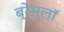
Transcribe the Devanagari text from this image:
ब्रेस्लॉ